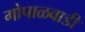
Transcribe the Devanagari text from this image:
गोपाळवाडी